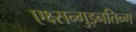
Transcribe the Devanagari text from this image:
एक्ष्सन्गुइनतिन्ग